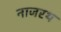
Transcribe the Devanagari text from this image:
नाजरथ